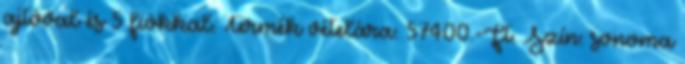
ajtóval és 5 fiókkal. Termék vételára: 57400.-Ft. Szín: sonoma